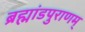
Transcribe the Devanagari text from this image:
ब्रह्मांडपुराणम्